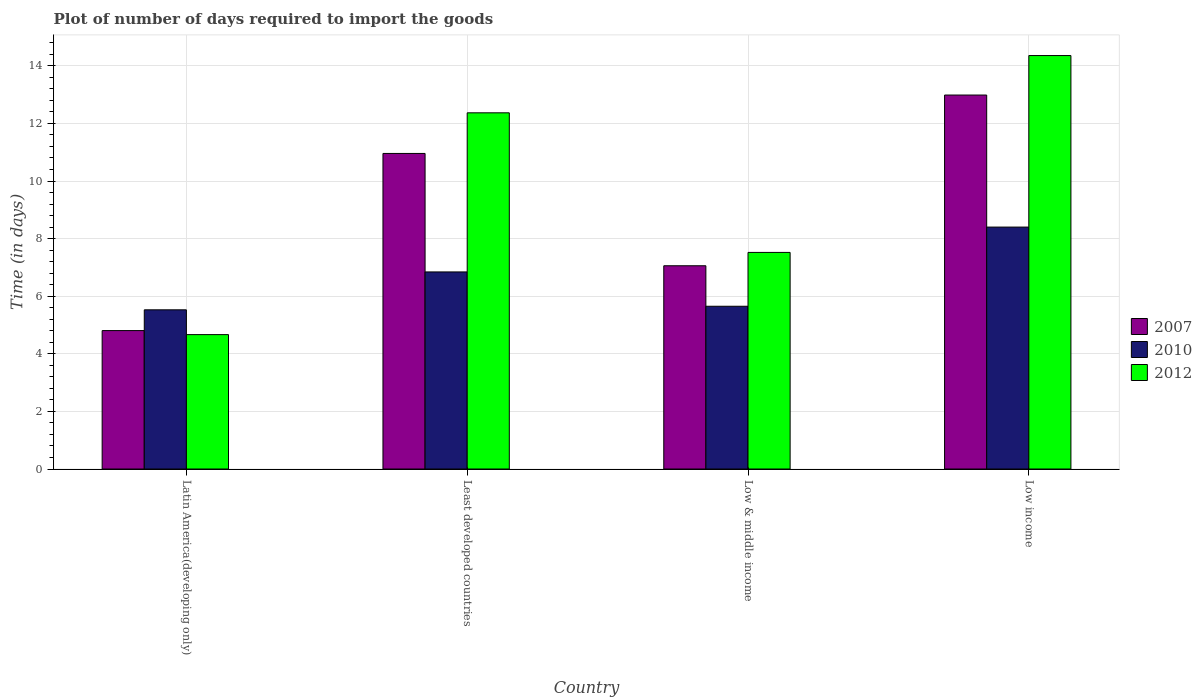
| Country | 2007 | 2010 | 2012 |
 | --- | --- | --- | --- |
 | Latin America(developing only) | 4.81 | 5.53 | 4.67 |
 | Least developed countries | 11 | 6.84 | 12.4 |
 | Low & middle income | 7.06 | 5.65 | 7.52 |
 | Low income | 13 | 8.4 | 14.4 |